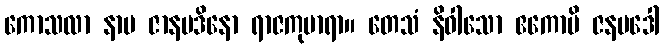
ကောသလာ နာမ ဇာနပဒိနော ရာဇကုမာရာ။ တေသံ နိဝါသော ဧကောပိ ဇနပဒေါ